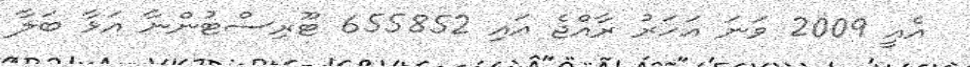
އެއީ 2009 ވަނަ އަހަރު ރާއްޖެ އައި 655852 ޓޫރިސްޓުންނާ އަޅާ ބަލާ